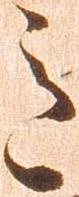
意